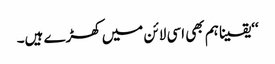
‘‘یقینا ہم بھی اسی لائن میں کھڑے ہیں۔